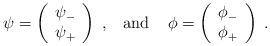
LaTeX: \begin{align*}\psi=\left( \begin{array}{c} \psi_- \\ \psi_+ \end{array}\right)\;,\;\;\;\mbox{and}\;\;\;\; \phi=\left( \begin{array}{c}\phi_- \\ \phi_+ \end{array}\right)\;.\end{align*}